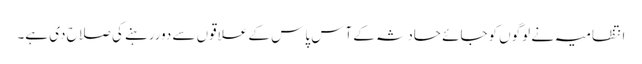
انتظامیہ نے لوگوں کوجائے حادثہ کے آس پاس کے علاقوں سے دوررہنے کی صلاح دی ہے۔